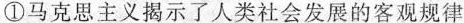
①马克思主义揭示了人类社会发展的客观规律